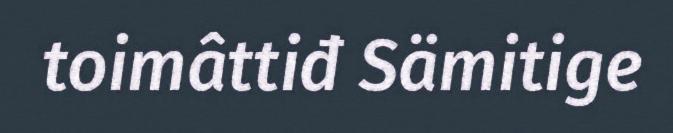
toimâttiđ Sämitige